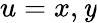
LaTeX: u=x,\mathit{y}